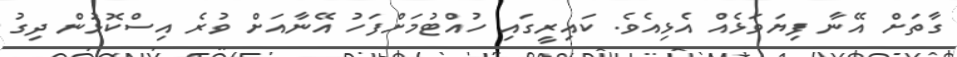
ގާތަށް އޭނާ ފިިޔަވަޅެއް އެޅިއެވެ. ކައިރީގައި ހުއްޓުމަށްފަހު އޭނާއަށް ވުރެ އިސްކޮޅުން ދިގު